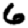
Digit: 6